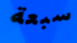
سبعة